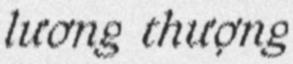
lương thượng